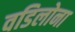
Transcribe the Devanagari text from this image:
वडिलोना